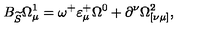
B _ { \widetilde { S } } \Omega _ { \mu } ^ { 1 } = \omega ^ { + } \varepsilon _ { \mu } ^ { + } \Omega ^ { 0 } + \partial ^ { \nu } \Omega _ { [ \nu \mu ] } ^ { 2 } ,